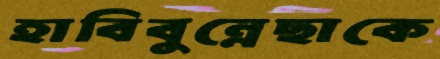
হাবিবুন্নেছাকে